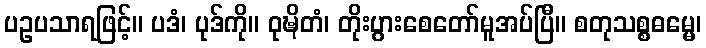
ပဥပသာရဖြင့်။ ပဒံ၊ ပုဒ်ကို။ ဝုဍ္ဎိတံ၊ တိုးပွားစေတော်မူအပ်ပြီ။ စတုသစ္စဓမ္မေ၊